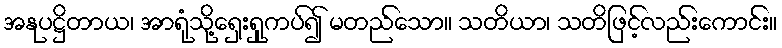
အနုပဋ္ဌိတာယ၊ အာရုံသို့ရှေးရှုကပ်၍ မတည်သော။ သတိယာ၊ သတိဖြင့်လည်းကောင်း။